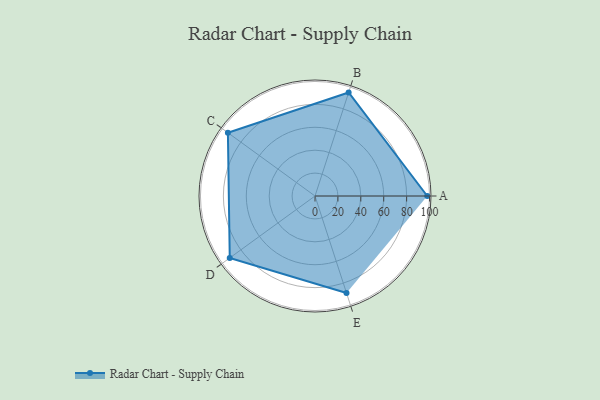
{"axis": {"x": "Skill", "y": "Score"}, "legend": ["Profile"], "data": [{"x": "A", "y": 98.0, "type": "Profile"}, {"x": "B", "y": 95.0, "type": "Profile"}, {"x": "C", "y": 94.0, "type": "Profile"}, {"x": "D", "y": 92.0, "type": "Profile"}, {"x": "E", "y": 89.0, "type": "Profile"}]}